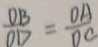
\frac { D B } { O D } = \frac { O A } { D C }